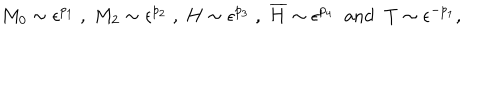
LaTeX: M _ { 0 } \sim \epsilon ^ { p _ { 1 } } \; , \; M _ { 2 } \sim \epsilon ^ { p _ { 2 } } \; , \; H \sim \epsilon ^ { p _ { 3 } } \; , \; \overline { { { H } } } \sim \epsilon ^ { p _ { 4 } } \; \; \mathrm { a n d } \; \; T \sim \epsilon ^ { - p _ { 1 } } ,